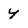
Character: Y